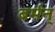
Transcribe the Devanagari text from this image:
बर्मन्